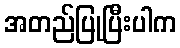
အတည်ပြုပြီးပါက